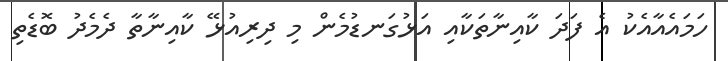
ހަމައެއާއެކު އެ ފަދަ ކާއިނާތަކާއި އަޅުގަނޑުމެން މި ދިރިއުޅޭ ކާއިނާތާ ދެމެދު ބޮޑެތި